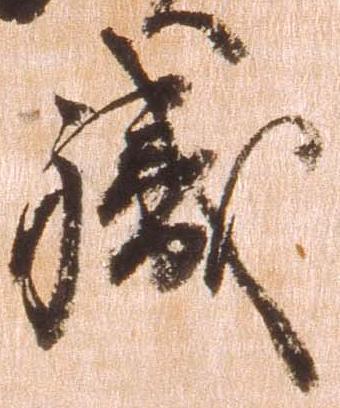
職